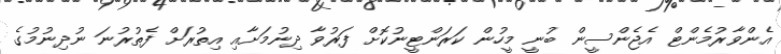
އެންވާރުމެންޓް އެޖެންސީން ބުނީ މީހުން ކަރަންޓީނުކޮށް ފަރުވާ ދިނުމަށާއި އިތުރަށް ފެތުރުނަ ނުދިނުމުގެ